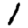
Digit: 1